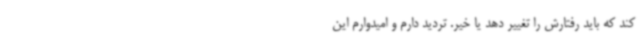
کند که باید رفتارش را تغییر دهد یا خیر. تردید دارم و امیدوارم این